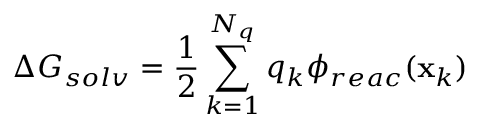
\Delta G _ { s o l v } = \frac { 1 } { 2 } \sum _ { k = 1 } ^ { N _ { q } } q _ { k } \phi _ { r e a c } ( \mathbf { x } _ { k } )